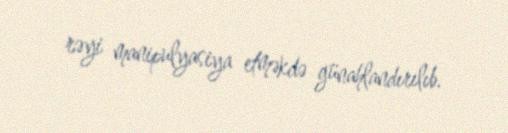
rəyi manipulyasiya etməkdə günahlandırılıb.